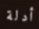
أدلة